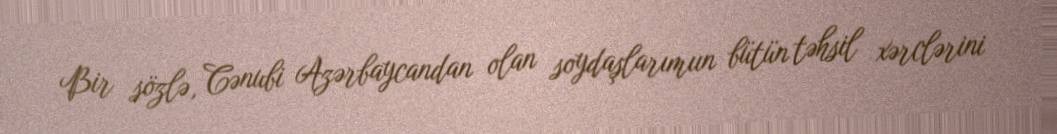
Bir sözlə, Cənubi Azərbaycandan olan soydaşlarımıın bütün təhsil xərclərini